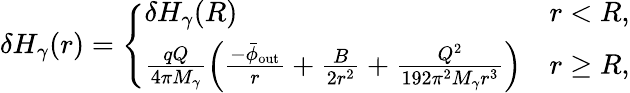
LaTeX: \delta H_{\gamma}(r)=\left\{ \begin{array}{ll}{\delta H_{\gamma}(R)}&{r<R,}\\ {\frac{qQ}{4\pi M_{\gamma}}\left(\frac{-\bar{\phi}_{\mathrm{out}}}{r}+\frac{B}{2r^{2}}+\frac{Q^{2}}{192\pi^{2}M_{\gamma}r^{3}}\right)}&{r\geq R,}\end{array}\right.